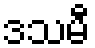
ဒသမီ